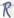
Text: R